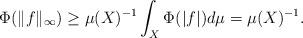
LaTeX: \begin{align*} \Phi(\|f\|_\infty)\geq \mu(X)^{-1}\int_X \Phi(|f|)d\mu = \mu(X)^{-1}.\end{align*}